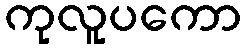
ကုလူပကော